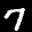
Label: 7